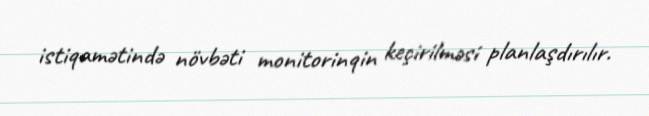
istiqamətində növbəti monitorinqin keçirilməsi planlaşdırılır.